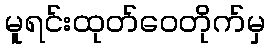
မူရင်းထုတ်ဝေတိုက်မှ